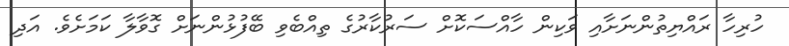
ހުރިހާ ރައްޔިތުންނަށާއި ވަކިން ހާއްސަކޮށް ސަރުކާރުގެ ތިއްބެވި ބޭފުޅުންނަށް ގޮވާލާ ކަމަށެވެ. އަދި